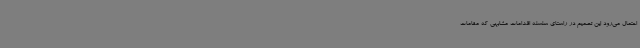
احتمال می‌رود این تصمیم در راستای سلسله اقدامات مشابهی که مقامات